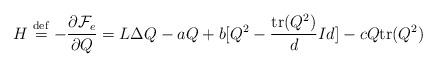
LaTeX: \begin{align*} H\stackrel{\rm{def}}{=}-\frac{\partial \mathcal{F}_e}{\partial Q}=L\Delta Q-aQ+b[Q^2-\frac{\textrm{tr}(Q^2)}{d}Id]-cQ\textrm{tr}(Q^2)\end{align*}